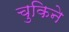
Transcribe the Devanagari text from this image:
चुकिने